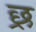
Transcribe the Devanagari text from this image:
छ्र